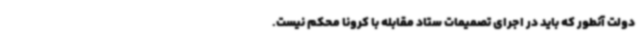
دولت آنطور که باید در اجرای تصمیمات ستاد مقابله با کرونا محکم نیست.